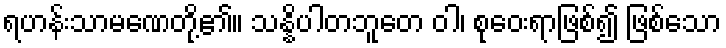
ရဟန်းသာမဏေတို့၏။ သန္နိပါတဘူတေ ဝါ၊ စုဝေးရာဖြစ်၍ ဖြစ်သော